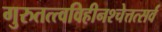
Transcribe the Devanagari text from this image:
गुरुतत्त्वविहीनश्चेत्तत्सर्वं